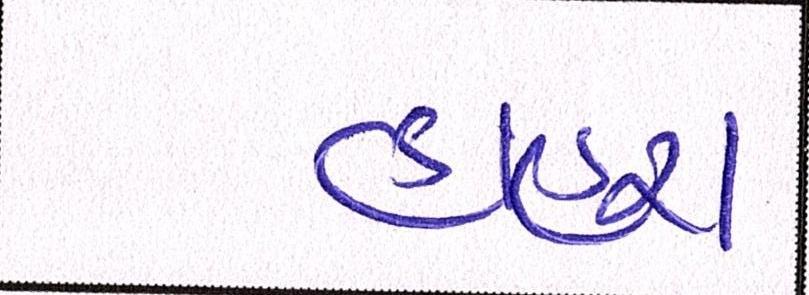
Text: હાહરા